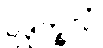
ဥဒုက္ခလံ